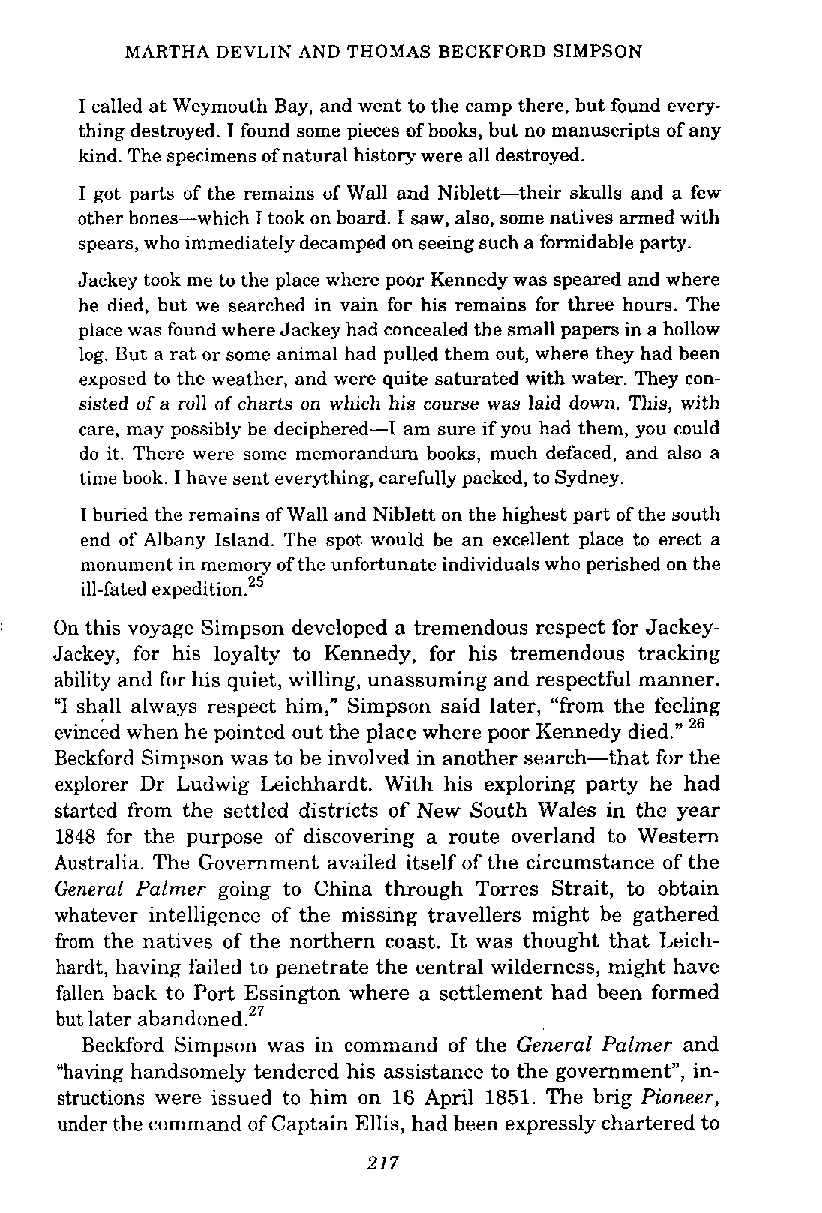
MARTHA DEVLlN AND THOMAS BECKFORD SIMPSON
 I called at Weymouth Bay, and went to the camp there, but found every-
 thing destroyed. I found some pieces of books, but no manuscripts of any
 kind. The specimens of natural history were all destroyed.
 I got parts of the remains of Wall and Niblett-their skulls and a few
 other bones-which I took on board. I saw, also, some natives armed with
 spears, who immediately decamped on seeing such a formidable party.
 Jackey took me to the place where poor Kennedy was speared and where
 he died, but we searched in vain for his remains for three hours. The
 place was found where Jackey had concealed the small papers in a hollow
 log. But a rat or some animal had pulled them out, where they had been
 exposed to the weather, and were quite saturated with water. They con-
 sisted of a roll of charts on which his course was laid down. This, with
 care, may possibly be deciphered-I am sure if you had them, you could
 do it. There were some memorandum books, much defaced, and also a
 time book. I have sent everything, carefully packed, to Sydney.
 I buried the remains of Wall and Niblett on the highest part of the south
 end of Albany Island. The spot would be an excellent place to erect a
 monument in memory of the unfortunate individuals who perished on the
 ill-fated expediti~n.'~
 On this voyage Simpson developed a tremendous respect for Jackey-
 Jackey, for his loyalty to Kennedy, for his tremendous tracking
 ability and for his quiet, willing, unassuming and respectful manner.
 "I shall always respect him," Simpson said later, "from the feeling
 evinckd when he pointed out the place where poor Kennedy died." 26
 Beckford Simpson was to be involved in another search-that for the
 explorer Dr Ludwig Leichhardt. With his exploring party he had
 started from the settled districts of New South Wales in the year
 1848 for the purpose of discovering a route overland to Western
 Australia. The Government availed itself of the circumstance of the
 General Palmer going to China through Torres Strait, to obtain
 whatever intelligence of the missing travellers might be gathered
 from the natives of the northern coast. It was thought that Leich-
 hardt, having failed to penetrate the central wilderness, might have
 fallen hack to Port Essington where a settlement had been formed
 but later aband~ned.'~
 Beckford Simpson was in command of the General Palmer and
 "having handsomely tendered his assistance to the government", in-
 structions were issued to him on 16 April 1851. The brig Pioneer,
 under the command of Captain Ellis, had been expressly chartered to